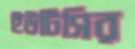
ইউটিসির